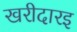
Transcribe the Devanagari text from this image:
खरीदारइ